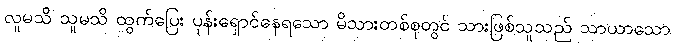
လူမသိ သူမသိ ထွက်ပြေး ပုန်းရှောင်နေရသော မိသားတစ်စုတွင် သားဖြစ်သူသည် သာယာသော